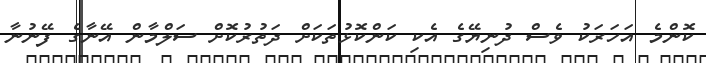
ކޮންމެ އަހަރަކު ވެސް ދުނިޔޭގެ އެކި ކަންކޮޅުތަކަށް ދަތުރުކޮށް ސަލްމާން އޭނާގެ ފޭނުނާ